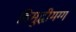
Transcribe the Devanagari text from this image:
विसुद्धीमग्ग